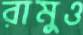
রামুও